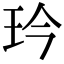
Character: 玪